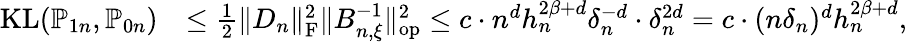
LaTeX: \begin{array}{rl}{\mathrm{KL}(\mathbb{P}_{1n},\mathbb{P}_{0n})}&{\le\frac{1}{2}\| D_{n}\| _{\mathrm{F}}^{2}\| B_{n,\xi}^{-1}\| _{\mathrm{op}}^{2}\le c\cdot n^{d}h_{n}^{2\beta+d}\delta_{n}^{-d}\cdot\delta_{n}^{2d}=c\cdot(n\delta_{n})^{d}h_{n}^{2\beta+d},}\end{array}